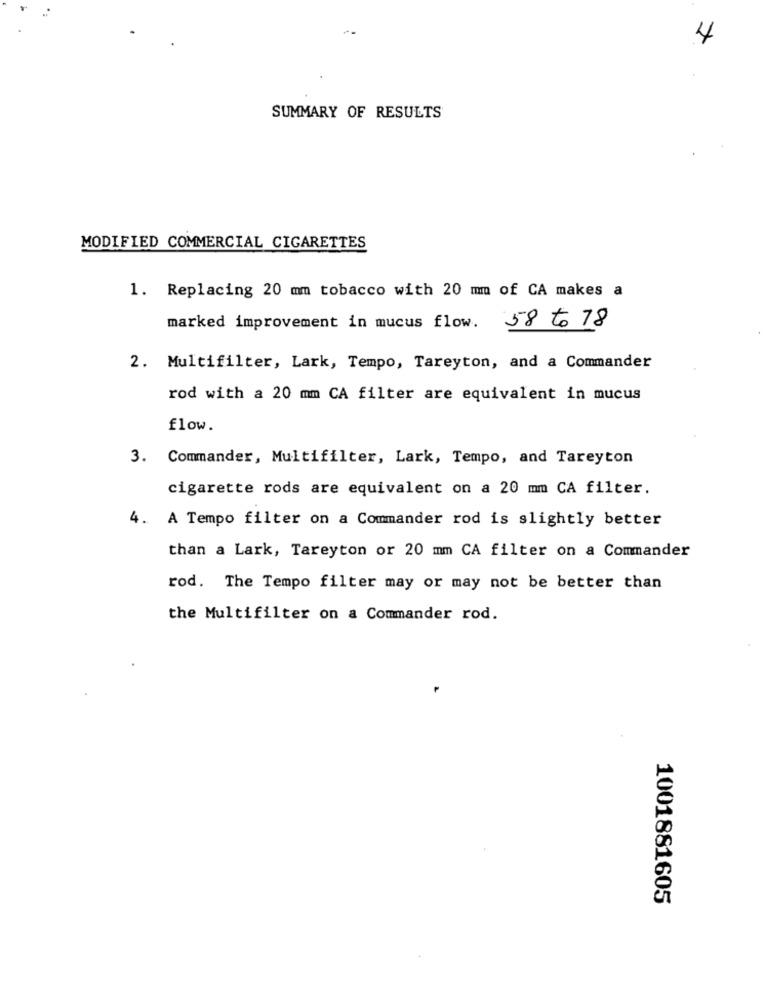
4
SUMMARY OF RESULTS
MODIFIED COMMERCIAL CIGARETTES
1. Replacing 20 mm tobacco with 20 mm of CA makes a
marked improvement in mucus flow. 58 to 78
2. Multifilter, Lark, Tempo, Tareyton, and a Commander
rod with a 20 mm CA filter are equivalent in mucus
flow.
3. Commander, Multifilter, Lark, Tempo, and Tareyton
cigarette rods are equivalent on a 20 mm CA filter.
4. A Tempo filter on a Commander rod is slightly better
than a Lark, Tareyton or 20 mm CA filter on a Commander
rod. The Tempo filter may or may not be better than
the Multifilter on a Commander rod.
1001881605